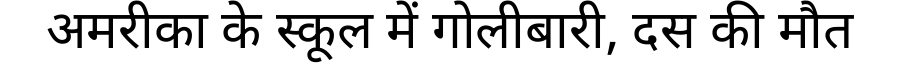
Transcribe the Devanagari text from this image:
अमरीका के स्कूल में गोलीबारी, दस की मौत